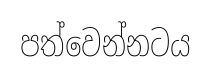
පත්වෙන්නටය